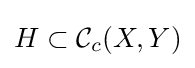
H\subset {\mathcal {C}}_{c}(X,Y)